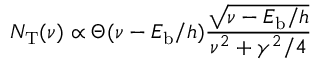
N _ { \mathrm { T } } ( \nu ) \propto \Theta ( \nu - E _ { \mathrm { b } } / h ) \frac { \sqrt { \nu - E _ { \mathrm { b } } / h } } { \nu ^ { 2 } + \gamma ^ { 2 } / 4 }